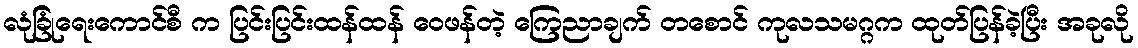
လုံခြုံရေးကောင်စီ က ပြင်းပြင်းထန်ထန် ဝေဖန်တဲ့ ကြေညာချက် တစောင် ကုလသမဂ္ဂက ထုတ်ပြန်ခဲ့ပြီး အခုလို